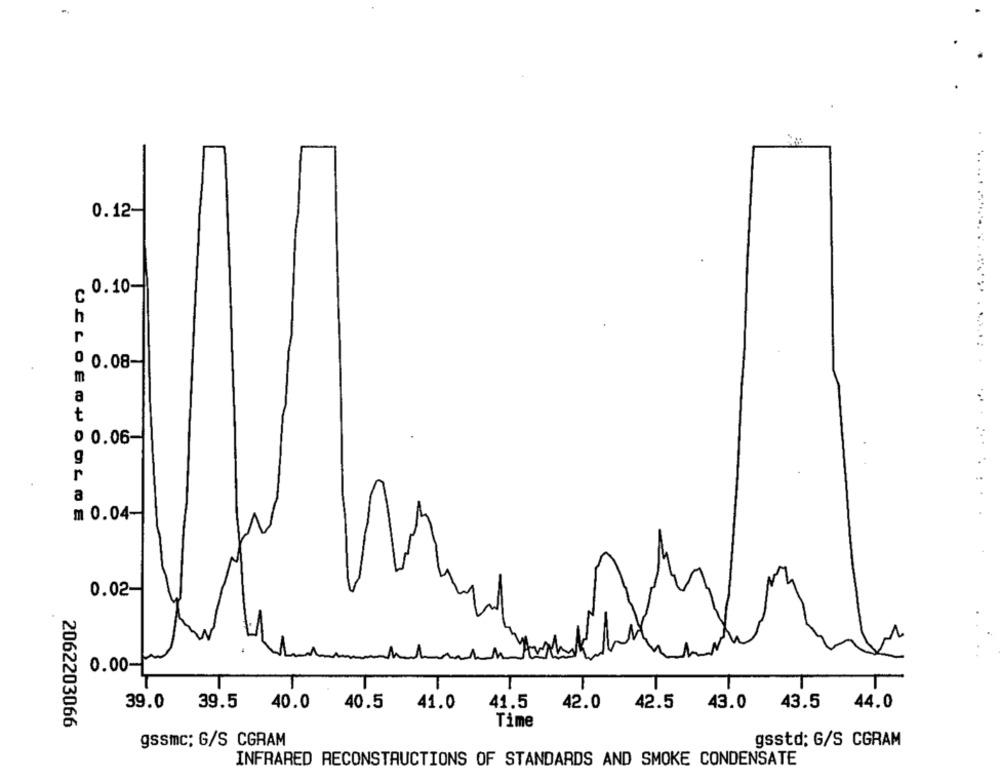
0.12-
. 0.10-
C
h
r
0
0.08-
m
a
t
0 0.06-
g
r
a
m 0.04-
0.02-
0.00-
39.5
40.5
41.5
42.0 42.5 43.0 43.5
44.0
39.0
40.0
41.0
2062203066
Time
gssmc; G/S CGRAM
gsstd; G/S CGRAM
INFRARED RECONSTRUCTIONS OF STANDARDS AND SMOKE CONDENSATE